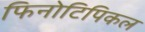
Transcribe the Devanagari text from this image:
फिनोटिपिकल